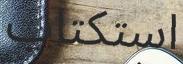
استكتاب